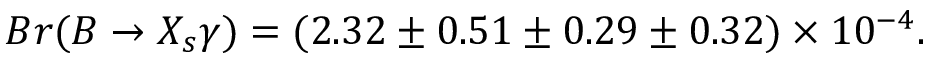
B r ( B \to X _ { s } \gamma ) = ( 2 . 3 2 \pm 0 . 5 1 \pm 0 . 2 9 \pm 0 . 3 2 ) \times 1 0 ^ { - 4 } .